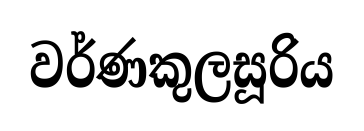
වර්ණකුලසූරිය